Report of the Indian Hemp Drugs Commission, 1894-1895 - Volume III
Year: 1894
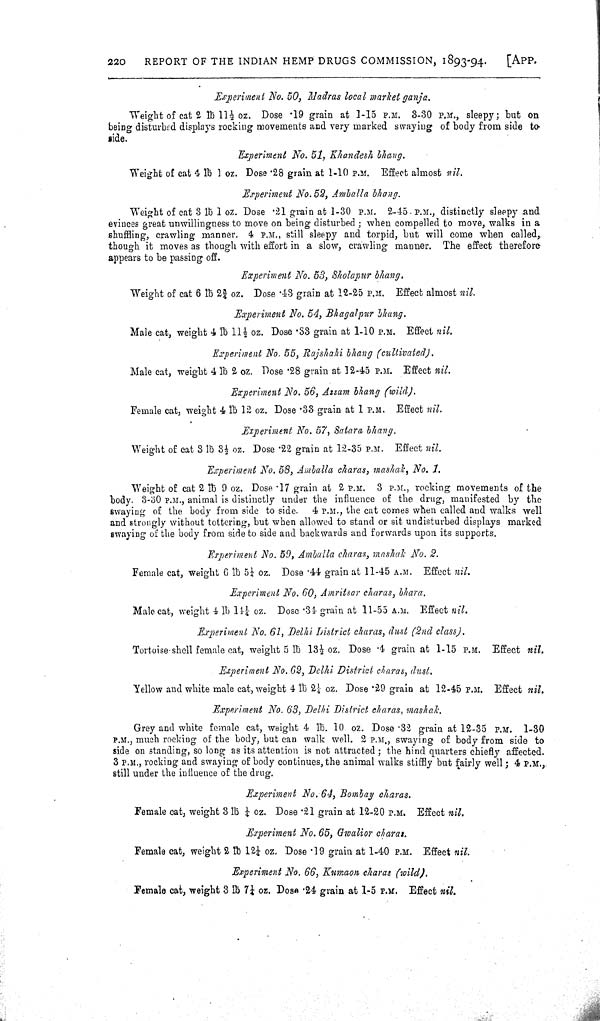
220
REPORT OF THE INDIAN HEMP DRUGS COMMISSION, 1893-94.
[APP.
Experiment No. 50, Madras local market ganja.
Weight of cat 2 lb 11½ oz. Dose .19 grain at 1-15 P.M. 3-30 P.M., sleepy; but on
being disturbed displays rocking movements and very marked swaying of body from side to
side.
Experiment No. 51, Khandesh bhang.
Weight of cat 4 lb 1 oz. Dose .28 grain at 1-10 P.M. Effect almost nil.
Experiment No. 52, Amballa bhang.
Weight of cat 3 lb 1 oz. Dose .21 grain at 1-30 P.M. 2-45. P.M., distinctly sleepy and
evinces great unwillingness to move on being disturbed; when compelled to move, walks in a
shuffling, crawling manner. 4 P.M., still sleepy and torpid, but will come when called,.
though it moves as though with effort in a slow, crawling manner. The effect therefore
appears to be passing off.
Experiment No. 53, Sholapur bhang.
Weight of cat 6 lb 23/4 oz. Dose .43 grain at 12-25 P.M. Effect almost nil.
Experiment No. 54, Bhagalpur bhang.
Male cat, weight 4 lb 111/2 oz. Dose .33 grain at 1-10 P.M. Effect nil.
Experiment No. 55, Rajshahi bhang (cultivated).
Male cat, weight 4 lb 2 oz. Dose .28 grain at 12-45 P.M. Effect nil.
Experiment No. 56, Assam bhang (wild).
Female cat, weight 4 lb 12 oz. Dose .33 grain at 1 P.M. Effect nil.
Experiment No. 57, Satara bhang.
Weight of cat 3 lb 31/2 oz. Dose .22 grain at 12-35 P.M. Effect nil.
Experiment No. 58, Amballa charas, mashak, No. 1.
Weight of cat 2 lb 9 oz. Dose .17 grain at 2 P.M. 3 P.M., rocking movements of the
body. 3-30 P.M., animal is distinctly under the influence of the drug, manifested by the
swaying of the body from side to side. 4 P.M., the cat comes when called and walks well
and strongly without tottering, but when allowed to stand or sit undisturbed displays marked
swaying of the body from side to side and backwards and forwards upon its supports.
Experiment No. 59, Amballa charas, mashak No. 2.
Female cat, weight 6 lb 51/4 oz. Dose .44 grain at 11-45 A.M. Effect nil.
Experiment No. 60, Amritsar charas, bhara.
Male cat, weight 4 lb 141/4 oz. Dose .34 grain at 11-55 A.M. Effect nil.
Experiment No. 61, Delhi District charas, dust (2nd class).
Tortoise shell female cat, weight 5 lb 131/2 oz. Dose .4 grain at 1-15 P.M. Effect nil.
Experiment No. 62, Delhi District charas, dust.
Yellow and white male cat, weight 4 lb 21/4 oz. Dose .29 grain at 12-45 P.M. Effect nil.
Experiment No. 63, Delhi District charas, mashak.
Grey and white female cat, weight 4 lb. 10 oz. Dose .32 grain at 12-35 P.M. 1-30
P.M., much rocking of the body, but can walk well. 2 P.M., swaying of body from side to
side on standing, so long as its attention is not attracted; the hind quarters chiefly affected.
3 P.M., rocking and swaying of body continues, the animal walks stiffly but fairly well; 4 P.M.,
still under the influence of the drug.
Experiment No. 64, Bombay charas.
Female cat, weight 3 lb 1/4 oz. Dose .21 grain at 12-20 P.M. Effect nil.
Experiment No. 65, Gwalior charas.
Female cat, weight 2 lb 121/4 oz. Dose .19 grain at 1-40 P.M. Effect nil.
Experiment No. 66, Kumaon charas (wild).
Female cat, weight 3 lb 71/4 oz. Dose .24 grain at 1-5 P.M. Effect nil.